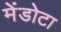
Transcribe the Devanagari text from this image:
मेंडोटा